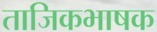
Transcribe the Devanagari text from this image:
ताजिकभाषक